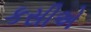
કસીએ